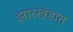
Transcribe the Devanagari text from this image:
झारखंडात